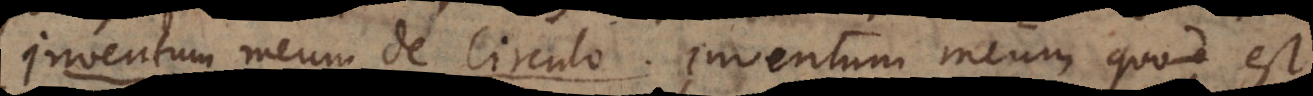
Inventum meum de Circulo. Inventum meum quod est